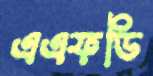
এএফডি